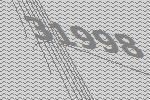
31998